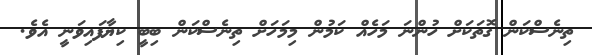
ތިނެސްކަން ގޮތަކަށް ހުންނަ މަހެއް ކަމުން މިމަހަށް ތިނެސްކަން ބިބީ ކިޔާފައިވަނީ އެވެ.